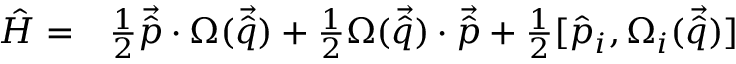
\begin{array} { r l } { \hat { H } = } & { { } \frac { 1 } { 2 } \vec { \hat { p } } \cdot \Omega ( \vec { \hat { q } } ) + \frac { 1 } { 2 } \Omega ( \vec { \hat { q } } ) \cdot \vec { \hat { p } } + \frac { 1 } { 2 } [ \hat { { p } } _ { i } , \Omega _ { i } ( \vec { \hat { q } } ) ] } \end{array}